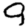
Digit: 9